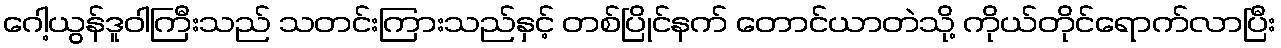
ဂေါ့ယွန်ဒူဝါကြီးသည် သတင်းကြားသည်နှင့် တစ်ပြိုင်နက် တောင်ယာတဲသို့ ကိုယ်တိုင်ရောက်လာပြီး